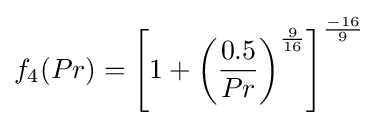
f_{4}(Pr)=\left[1+\left({\frac {0.5}{Pr}}\right)^{\frac {9}{16}}\right]^{\frac {-16}{9}}